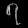
Digit: ၇